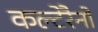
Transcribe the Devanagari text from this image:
कल्टेरैनो